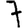
Digit: 7